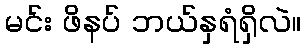
မင်း ဖိနပ် ဘယ်နှရံရှိလဲ။